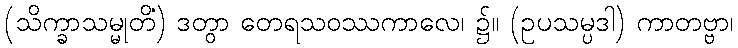
(သိက္ခာသမ္မုတိံ) ဒတွာ တေရသဝဿကာလေ၊ ၌။ (ဥပသမ္ပဒါ) ကာတဗ္ဗာ၊